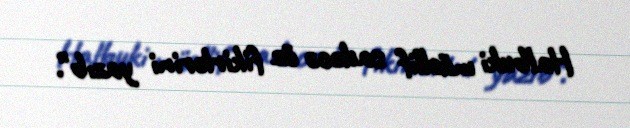
Halbuki müəllif sadəcə öz fikirlərini yazıb".